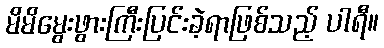
မိမိမွေးဖွားကြီးပြင်းခဲ့ရာဖြစ်သည့် ပါရီ။